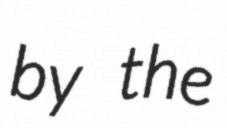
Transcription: by the